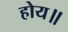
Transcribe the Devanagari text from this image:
होय॥